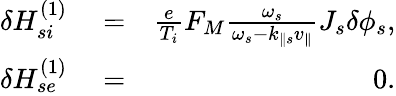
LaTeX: \begin{array}{rlr}{\delta H_{si}^{(1)}}&{{}=}&{\frac{e}{T_{i}}F_{M}\frac{\omega_{s}}{\omega_{s}-k_{\parallel s}v_{\parallel}}J_{s}\delta\phi_{s},}\\ {\delta H_{se}^{(1)}}&{{}=}&{0.}\end{array}